Reports on military cantonments and civil stations in the Presidency of Bombay inspected by the Sanitary Commissioner in the years 1875 and 1876
Year: 1875
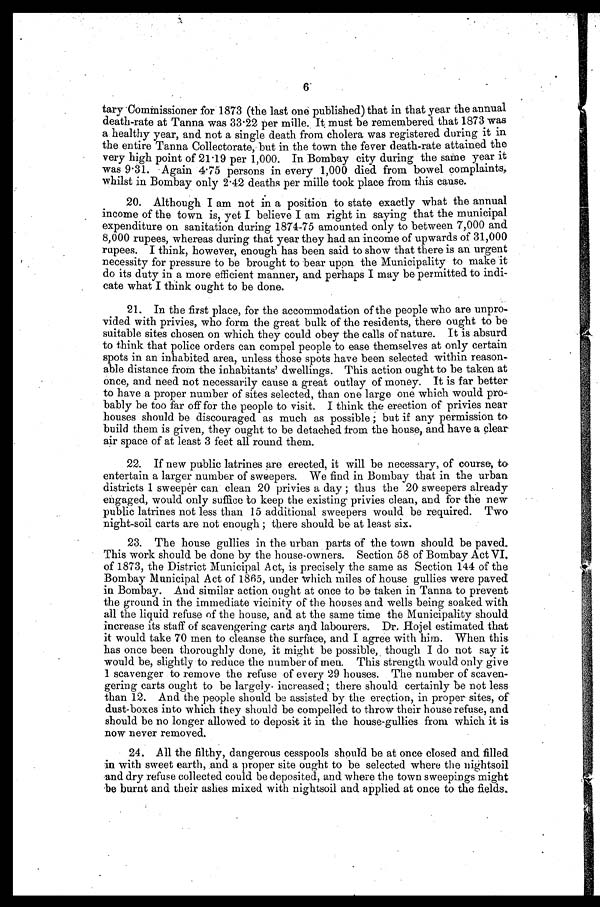
6
tary Commissioner for 1873 (the last one published) that in that year the annual
death-rate at Tanna was 33.22 per mille. It must be remembered that 1873 was
a healthy year, and not a single death from cholera was registered during it in
the entire Tanna Collectorate, but in the town the fever death-rate attained the
very high point of 21.19 per 1,000. In Bombay city during the same year it
was 9.31. Again 4.75 persons in every 1,000 died from bowel complaints,
whilst in Bombay only 2.42 deaths per mille took place from this cause.
20. Although I am not in a position to state exactly what the annual
income of the town is, yet I believe I am right in saying that the municipal
expenditure on sanitation during 1874-75 amounted only to between 7,000 and
8,000 rupees, whereas during that year they had an income of upwards of 31,000
rupees. I think, however, enough has been said to show that there is an urgent
necessity for pressure to be brought to bear upon the Municipality to make it
do its duty in a more efficient manner, and perhaps I may be permitted to indi-
cate what I think ought to be done.
2 1 . I n t h e f i r s t p l a c e , f o r t h e a c c o m m o d a t i o n o f t h e p e o p l e w h o a r e u n p r o
- v i d e d w i t h p r i v i e s , w h o f o r m t h e g r e a t b u l k o f t h e r e s i d e n t s , t h e r e o u g h t t o b e
suitable sites chosen on which they could obey the calls of nature. It is absurd
to think that police orders can compel people to ease themselves at only certain
spots in an inhabited area, unless those spots have been selected within reason
- a b l e d i s t a n c e f r o m t h e i n h a b i t a n t s ' d w e l l i n g s . T h i s a c t i o n o u g h t t o b e t a k e n a t
once, and need not necessarily cause a great outlay of money. It is far better
to have a proper number of sites selected, than one large one which would pro
- b a b l y b e t o o f a r o f f f o r t h e p e o p l e t o v i s i t . I t h i n k t h e e r e c t i o n o f p r i v i e s n e a r
houses should be discouraged as much as possible; but if any permission to
build them is given, they ought to be detached from the house, and have a clear
air space of at least 3 feet all round them.
22. If new public latrines are erected, it will be necessary, of course, to
entertain a larger number of sweepers. We find in Bombay that in the urban
districts 1 sweeper can clean 20 privies a day ; thus the 20 sweepers already
engaged, would only suffice to keep the existing privies clean, and for the new
public latrines not less than 15 additional sweepers would be required. Two
night-soil carts are not enough ; there should be at least six.
23. The house gullies in the urban parts of the town should be paved.
This work should be done by the house-owners. Section 58 of Bombay Act VI,
of 1873, the District Municipal Act, is precisely the same as Section 144 of the
Bombay Municipal Act of 1865, under which miles of house gullies were paved
in Bombay. And similar action ought at once to be taken in Tanna to prevent
the ground in the immediate vicinity of the houses and wells being soaked with
all the liquid refuse of the house, and at the same time the Municipality should
increase its staff of scavengering carts and labourers. Dr. Hojel estimated that
it would take 70 men to cleanse the surface, and I agree with him. When this
has once been thoroughly done, it might be possible, though I do not say it
would be, slightly to reduce the number of men. This strength would only give
1 scavenger to remove the refuse of every 29 houses. The number of scaven
-gering carts ought to be largely increased; should certainly be not less
than 12. And the people should be assisted by the erection, in proper sites, of
dust-boxes into which they should be compelled to throw their house refuse, and
should be no longer allowed to deposit it in the house-gullies from which it is
now never removed.
24. All the filthy, dangerous cesspools should be at once closed and filled
in with sweet earth, and a proper site ought to be selected where the nightsoil
and dry refuse collected could be deposited, and where the town sweepings might
be burnt and their ashes mixed with nightsoil and applied at once to the fields.